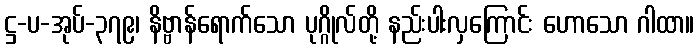
ဋ္ဌ-ပ-အုပ်-၃၇၉၊ နိဗ္ဗာန်ရောက်သော ပုဂ္ဂိုလ်တို့ နည်းပါးလှကြောင်း ဟောသော ဂါထာ။